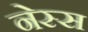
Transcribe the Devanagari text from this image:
नेस्स